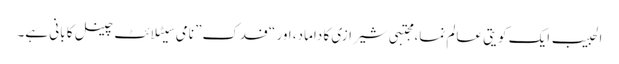
الحبیب ایک کویتی عالم نما، مجتبی شیرازی کا داماد، اور “فدک” نامی سیٹلائٹ چینل کا بانی ہے۔